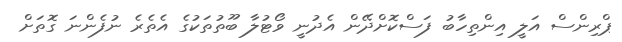
ޕްރިންސް އަލީ އިންތިހާބު ފަސްކޮށްދޭން އެދުނީ ވޯޓުލާ ބޫތުތަކުގެ އެތެރެ ނުފެންނަ ގޮތަށް